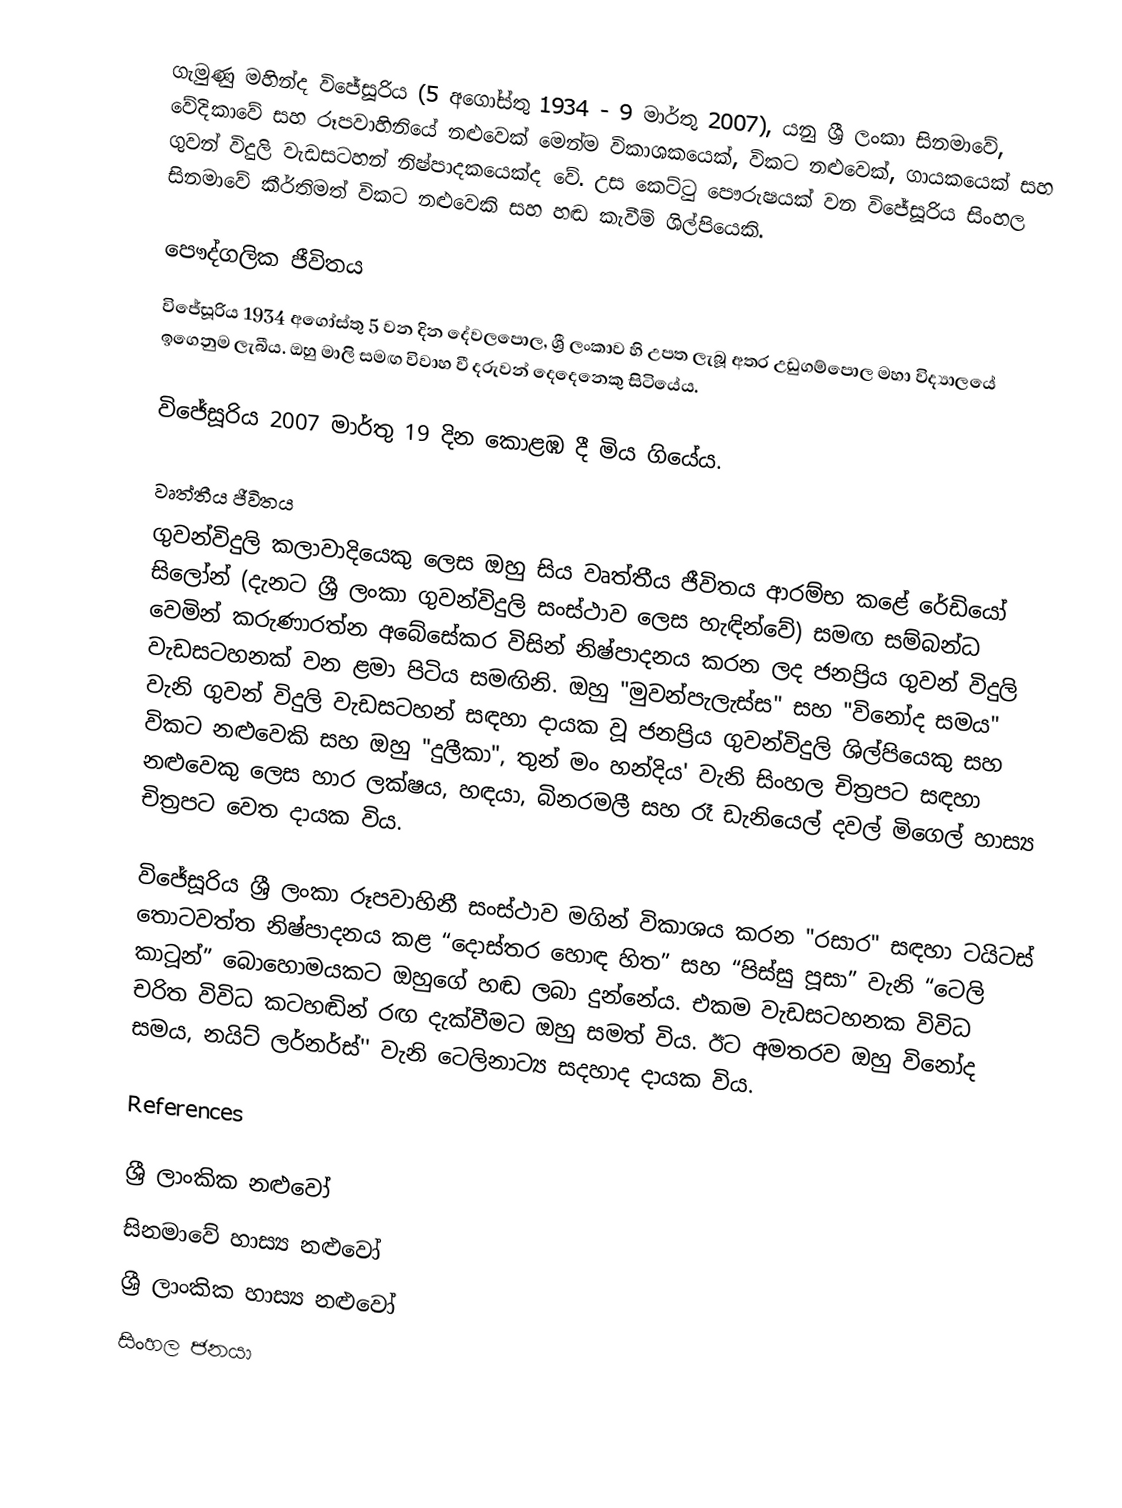
ගැමුණු මහින්ද විජේසූරිය (5 අගෝස්තු 1934 - 9 මාර්තු 2007), යනු ශ්‍රී ලංකා සිනමාවේ, වේදිකාවේ සහ රූපවාහිනියේ නළුවෙක් මෙන්ම විකාශකයෙක්, විකට නළුවෙක්, ගායකයෙක් සහ ගුවන් විදුලි වැඩසටහන් නිෂ්පාදකයෙක්ද වේ. උස කෙට්ටු පෞරුෂයක් වන විජේසූරිය සිංහල සිනමාවේ කීර්තිමත් විකට නළුවෙකි සහ හඬ කැවීම් ශිල්පියෙකි.

පෞද්ගලික ජීවිතය
විජේසූරිය 1934 අගෝස්තු 5 වන දින දේවලපොල, ශ්‍රී ලංකාව හි උපත ලැබූ අතර උඩුගම්පොල මහා විද්‍යාලයේ ඉගෙනුම ලැබීය. ඔහු මාලි සමඟ විවාහ වී දරුවන් දෙදෙනෙකු සිටියේය.

විජේසූරිය 2007 මාර්තු 19 දින කොළඹ දී මිය ගියේය.

වෘත්තීය ජීවිතය
ගුවන්විදුලි කලාවාදියෙකු ලෙස ඔහු සිය වෘත්තීය ජීවිතය ආරම්භ කළේ රේඩියෝ සිලෝන් (දැනට ශ්‍රී ලංකා ගුවන්විදුලි සංස්ථාව ලෙස හැඳින්වේ) සමඟ සම්බන්ධ වෙමින් කරුණාරත්න අබේසේකර විසින් නිෂ්පාදනය කරන ලද ජනප්‍රිය ගුවන් විදුලි වැඩසටහනක් වන ළමා පිටිය සමඟිනි. ඔහු "මුවන්පැලැස්ස" සහ "විනෝද සමය" වැනි ගුවන් විදුලි වැඩසටහන් සඳහා දායක වූ ජනප්‍රිය ගුවන්විදුලි ශිල්පියෙකු සහ විකට නළුවෙකි සහ ඔහු "දුලීකා", තුන් මං හන්දිය' වැනි සිංහල චිත්‍රපට සඳහා නළුවෙකු ලෙස හාර ලක්ෂය, හඳයා, බිනරමලී සහ රෑ ඩැනියෙල් දවල් මිගෙල් හාස්‍ය චිත්‍රපට වෙත දායක විය.

විජේසූරිය ශ්‍රී ලංකා රූපවාහිනී සංස්ථාව මගින් විකාශය කරන "රසාර" සඳහා ටයිටස් තොටවත්ත නිෂ්පාදනය කළ “දොස්තර හොඳ හිත” සහ “පිස්සු පූසා” වැනි “ටෙලි කාටූන්” බොහොමයකට ඔහුගේ හඬ ලබා දුන්නේය. එකම වැඩසටහනක විවිධ චරිත විවිධ කටහඬින් රඟ දැක්වීමට ඔහු සමත් විය. ඊට අමතරව ඔහු විනෝද සමය, නයිට් ලර්නර්ස්'' වැනි ටෙලිනාට්‍ය සදහාද දායක විය.

References

ශ්‍රී ලාංකික නළුවෝ
සිනමාවේ හාස්‍ය නළුවෝ
ශ්‍රී ලාංකික හාස්‍ය නළුවෝ
සිංහල ජනයා